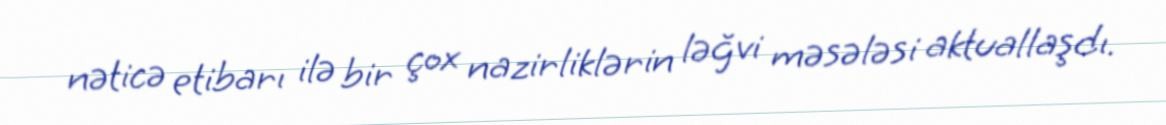
nəticə etibarı ilə bir çox nazirliklərin ləğvi məsələsi aktuallaşdı.